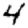
Digit: 4